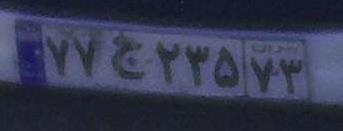
۷۷ج۲۳۵۷۳